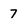
Character: 7